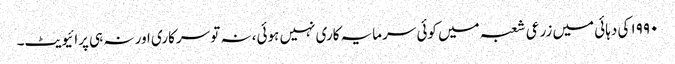
۱۹۹۰ کی دہائی میں زرعی شعبہ میں کوئی سرمایہ کاری نہیں ہوئی، نہ تو سرکاری اور نہ ہی پرائیویٹ۔